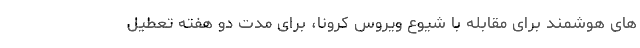
های هوشمند برای مقابله با شیوع ویروس کرونا، برای مدت دو هفته تعطیل